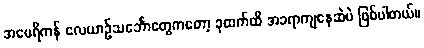
အမေရိကန် လေယာဥ်သင်္ဘောတွေကတော့ ခုထက်ထိ အခရာကျနေဆဲပဲ ဖြစ်ပါတယ်။